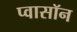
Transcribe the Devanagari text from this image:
प्वासॉन